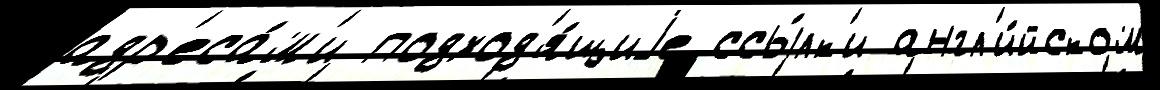
адр'еса́м'и подход'я́щиjе ссы́лк'и англ'и́йском